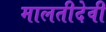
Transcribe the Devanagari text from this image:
मालतीदेवी